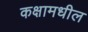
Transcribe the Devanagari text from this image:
कक्षामधील